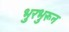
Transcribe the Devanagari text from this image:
भुरभुरून